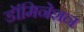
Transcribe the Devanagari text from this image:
डॉमिनेशन